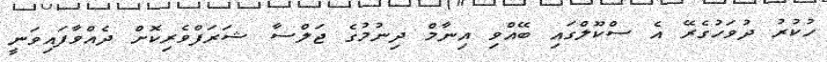
ހުކުރު ދުވަހުގެރޭ އެ ސްކޫލްގައި ބޭއްވި އިނާމް ދިނުމުގެ ޖަލްސާ ޝަރަފްވެރިކޮށް ދެއްވާފައިވަނީ